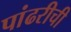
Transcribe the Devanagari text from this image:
पांढरीची